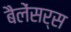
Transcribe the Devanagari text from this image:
बैलेंसर्स